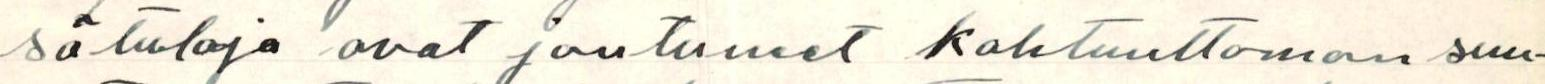
sätuloja ovat joutuneet kohtuuttoman suu-